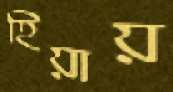
হিয়ায়